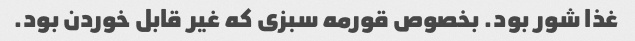
غذا شور بود. بخصوص قورمه سبزی که غیر قابل خوردن بود.